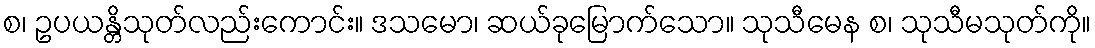
စ၊ ဥပယန္တိသုတ်လည်းကောင်း။ ဒသမော၊ ဆယ်ခုမြောက်သော။ သုသီမေန စ၊ သုသီမသုတ်ကို။